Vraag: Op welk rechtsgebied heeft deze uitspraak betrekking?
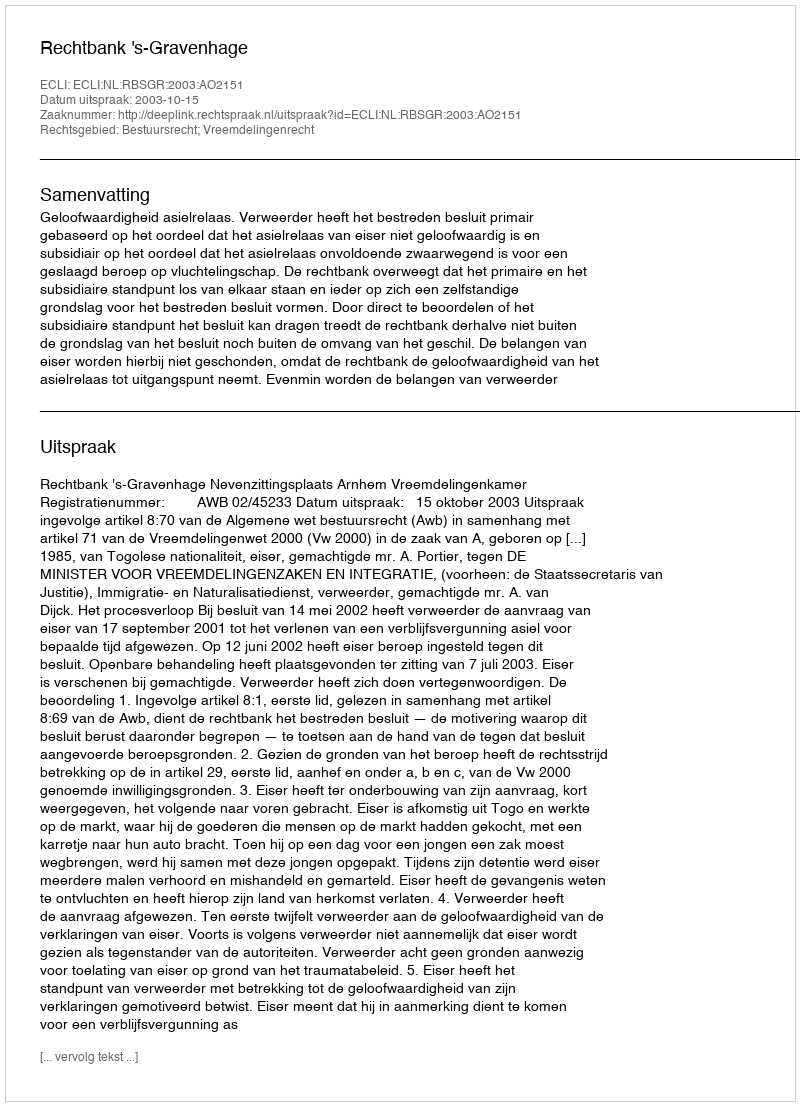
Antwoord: Bestuursrecht; Vreemdelingenrecht